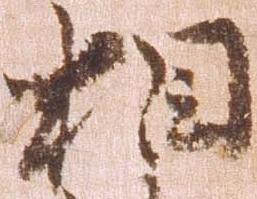
相